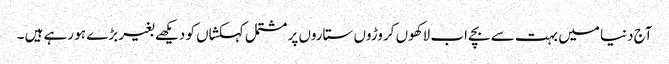
آج دنیا میں بہت سے بچے اب لاکھوں کروڑوں ستاروں پر مشتمل کہکشاں کو دیکھے بغیر بڑے ہو رہے ہیں ۔